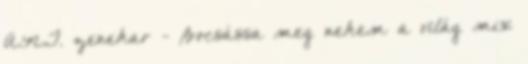
A.N.T. zenekar - Bocsássa meg nekem a világ mix